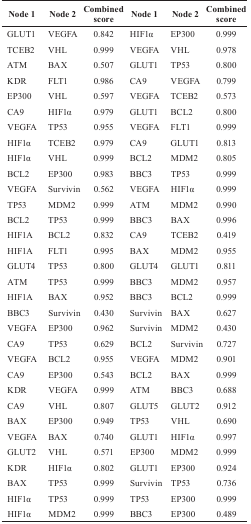
<table><thead><tr><td><b>Node 1</b></td><td><b>Node 2</b></td><td><b>Combined score</b></td><td><b>Node 1</b></td><td><b>Node 2</b></td><td><b>Combined score</b></td></tr></thead><tbody><tr><td>GLUT1</td><td>VEGFA</td><td>0.842</td><td>HIF1α</td><td>EP300</td><td>0.999</td></tr><tr><td>TCEB2</td><td>VHL</td><td>0.999</td><td>VEGFA</td><td>VHL</td><td>0.978</td></tr><tr><td>ATM</td><td>BAX</td><td>0.507</td><td>GLUT1</td><td>TP53</td><td>0.800</td></tr><tr><td>KDR</td><td>FLT1</td><td>0.986</td><td>CA9</td><td>VEGFA</td><td>0.799</td></tr><tr><td>EP300</td><td>VHL</td><td>0.597</td><td>VEGFA</td><td>TCEB2</td><td>0.573</td></tr><tr><td>CA9</td><td>HIF1α</td><td>0.979</td><td>GLUT1</td><td>BCL2</td><td>0.800</td></tr><tr><td>VEGFA</td><td>TP53</td><td>0.955</td><td>VEGFA</td><td>FLT1</td><td>0.999</td></tr><tr><td>HIF1α</td><td>TCEB2</td><td>0.979</td><td>CA9</td><td>GLUT1</td><td>0.813</td></tr><tr><td>HIF1α</td><td>VHL</td><td>0.999</td><td>BCL2</td><td>MDM2</td><td>0.805</td></tr><tr><td>BCL2</td><td>EP300</td><td>0.983</td><td>BBC3</td><td>TP53</td><td>0.999</td></tr><tr><td>VEGFA</td><td>Survivin</td><td>0.562</td><td>VEGFA</td><td>HIF1α</td><td>0.999</td></tr><tr><td>TP53</td><td>MDM2</td><td>0.999</td><td>ATM</td><td>MDM2</td><td>0.990</td></tr><tr><td>BCL2</td><td>TP53</td><td>0.999</td><td>BBC3</td><td>BAX</td><td>0.996</td></tr><tr><td>HIF1A</td><td>BCL2</td><td>0.832</td><td>CA9</td><td>TCEB2</td><td>0.419</td></tr><tr><td>HIF1A</td><td>FLT1</td><td>0.995</td><td>BAX</td><td>MDM2</td><td>0.955</td></tr><tr><td>GLUT4</td><td>TP53</td><td>0.800</td><td>GLUT4</td><td>GLUT1</td><td>0.811</td></tr><tr><td>ATM</td><td>TP53</td><td>0.999</td><td>BBC3</td><td>MDM2</td><td>0.957</td></tr><tr><td>HIF1A</td><td>BAX</td><td>0.952</td><td>BBC3</td><td>BCL2</td><td>0.999</td></tr><tr><td>BBC3</td><td>Survivin</td><td>0.430</td><td>Survivin</td><td>BAX</td><td>0.627</td></tr><tr><td>VEGFA</td><td>EP300</td><td>0.962</td><td>Survivin</td><td>MDM2</td><td>0.430</td></tr><tr><td>CA9</td><td>TP53</td><td>0.629</td><td>BCL2</td><td>Survivin</td><td>0.727</td></tr><tr><td>VEGFA</td><td>BCL2</td><td>0.955</td><td>VEGFA</td><td>MDM2</td><td>0.901</td></tr><tr><td>CA9</td><td>EP300</td><td>0.543</td><td>BCL2</td><td>BAX</td><td>0.999</td></tr><tr><td>KDR</td><td>VEGFA</td><td>0.999</td><td>ATM</td><td>BBC3</td><td>0.688</td></tr><tr><td>CA9</td><td>VHL</td><td>0.807</td><td>GLUT5</td><td>GLUT2</td><td>0.912</td></tr><tr><td>BAX</td><td>EP300</td><td>0.949</td><td>TP53</td><td>VHL</td><td>0.690</td></tr><tr><td>VEGFA</td><td>BAX</td><td>0.740</td><td>GLUT1</td><td>HIF1α</td><td>0.997</td></tr><tr><td>GLUT2</td><td>VHL</td><td>0.571</td><td>EP300</td><td>MDM2</td><td>0.999</td></tr><tr><td>KDR</td><td>HIF1α</td><td>0.802</td><td>GLUT1</td><td>EP300</td><td>0.924</td></tr><tr><td>BAX</td><td>TP53</td><td>0.999</td><td>Survivin</td><td>TP53</td><td>0.736</td></tr><tr><td>HIF1α</td><td>TP53</td><td>0.999</td><td>TP53</td><td>EP300</td><td>0.999</td></tr><tr><td>HIF1α</td><td>MDM2</td><td>0.999</td><td>BBC3</td><td>EP300</td><td>0.489</td></tr></tbody></table>